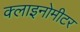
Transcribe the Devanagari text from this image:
क्लाइनोमीटर